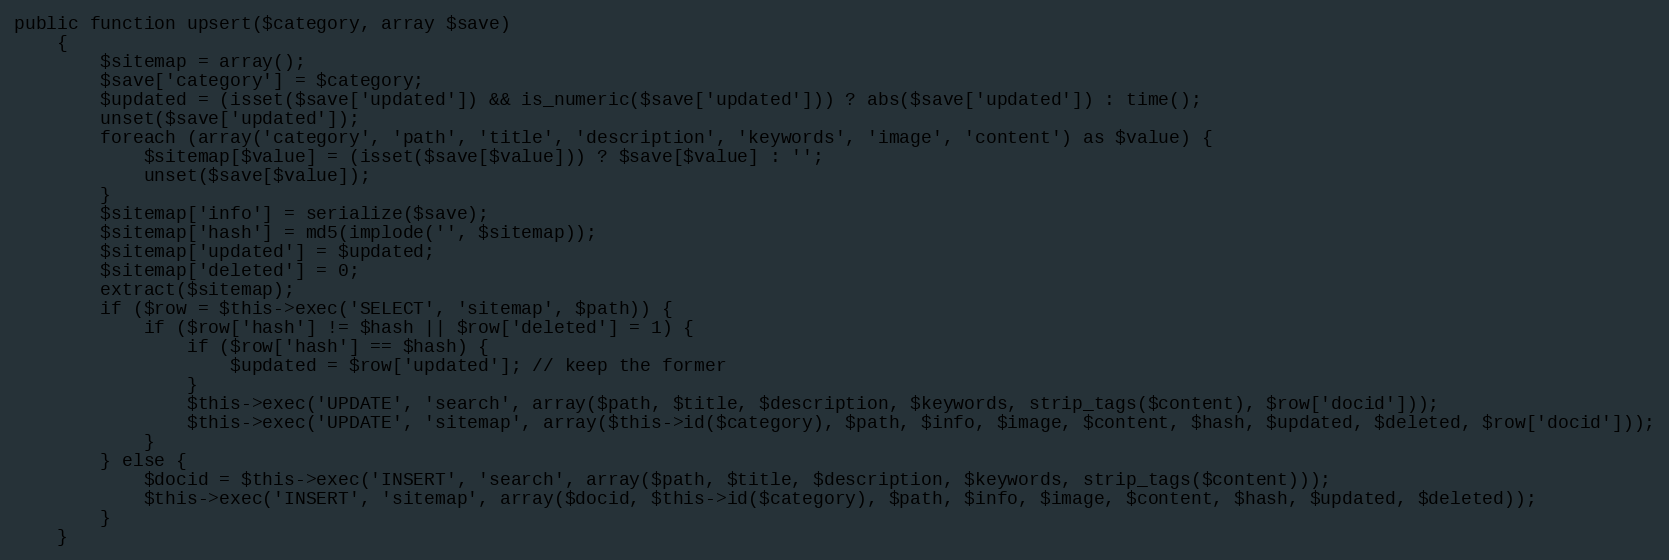
Language: PHP
public function upsert($category, array $save)
    {
        $sitemap = array();
        $save['category'] = $category;
        $updated = (isset($save['updated']) && is_numeric($save['updated'])) ? abs($save['updated']) : time();
        unset($save['updated']);
        foreach (array('category', 'path', 'title', 'description', 'keywords', 'image', 'content') as $value) {
            $sitemap[$value] = (isset($save[$value])) ? $save[$value] : '';
            unset($save[$value]);
        }
        $sitemap['info'] = serialize($save);
        $sitemap['hash'] = md5(implode('', $sitemap));
        $sitemap['updated'] = $updated;
        $sitemap['deleted'] = 0;
        extract($sitemap);
        if ($row = $this->exec('SELECT', 'sitemap', $path)) {
            if ($row['hash'] != $hash || $row['deleted'] = 1) {
                if ($row['hash'] == $hash) {
                    $updated = $row['updated']; // keep the former
                }
                $this->exec('UPDATE', 'search', array($path, $title, $description, $keywords, strip_tags($content), $row['docid']));
                $this->exec('UPDATE', 'sitemap', array($this->id($category), $path, $info, $image, $content, $hash, $updated, $deleted, $row['docid']));
            }
        } else {
            $docid = $this->exec('INSERT', 'search', array($path, $title, $description, $keywords, strip_tags($content)));
            $this->exec('INSERT', 'sitemap', array($docid, $this->id($category), $path, $info, $image, $content, $hash, $updated, $deleted));
        }
    }